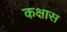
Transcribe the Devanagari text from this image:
कक्षास